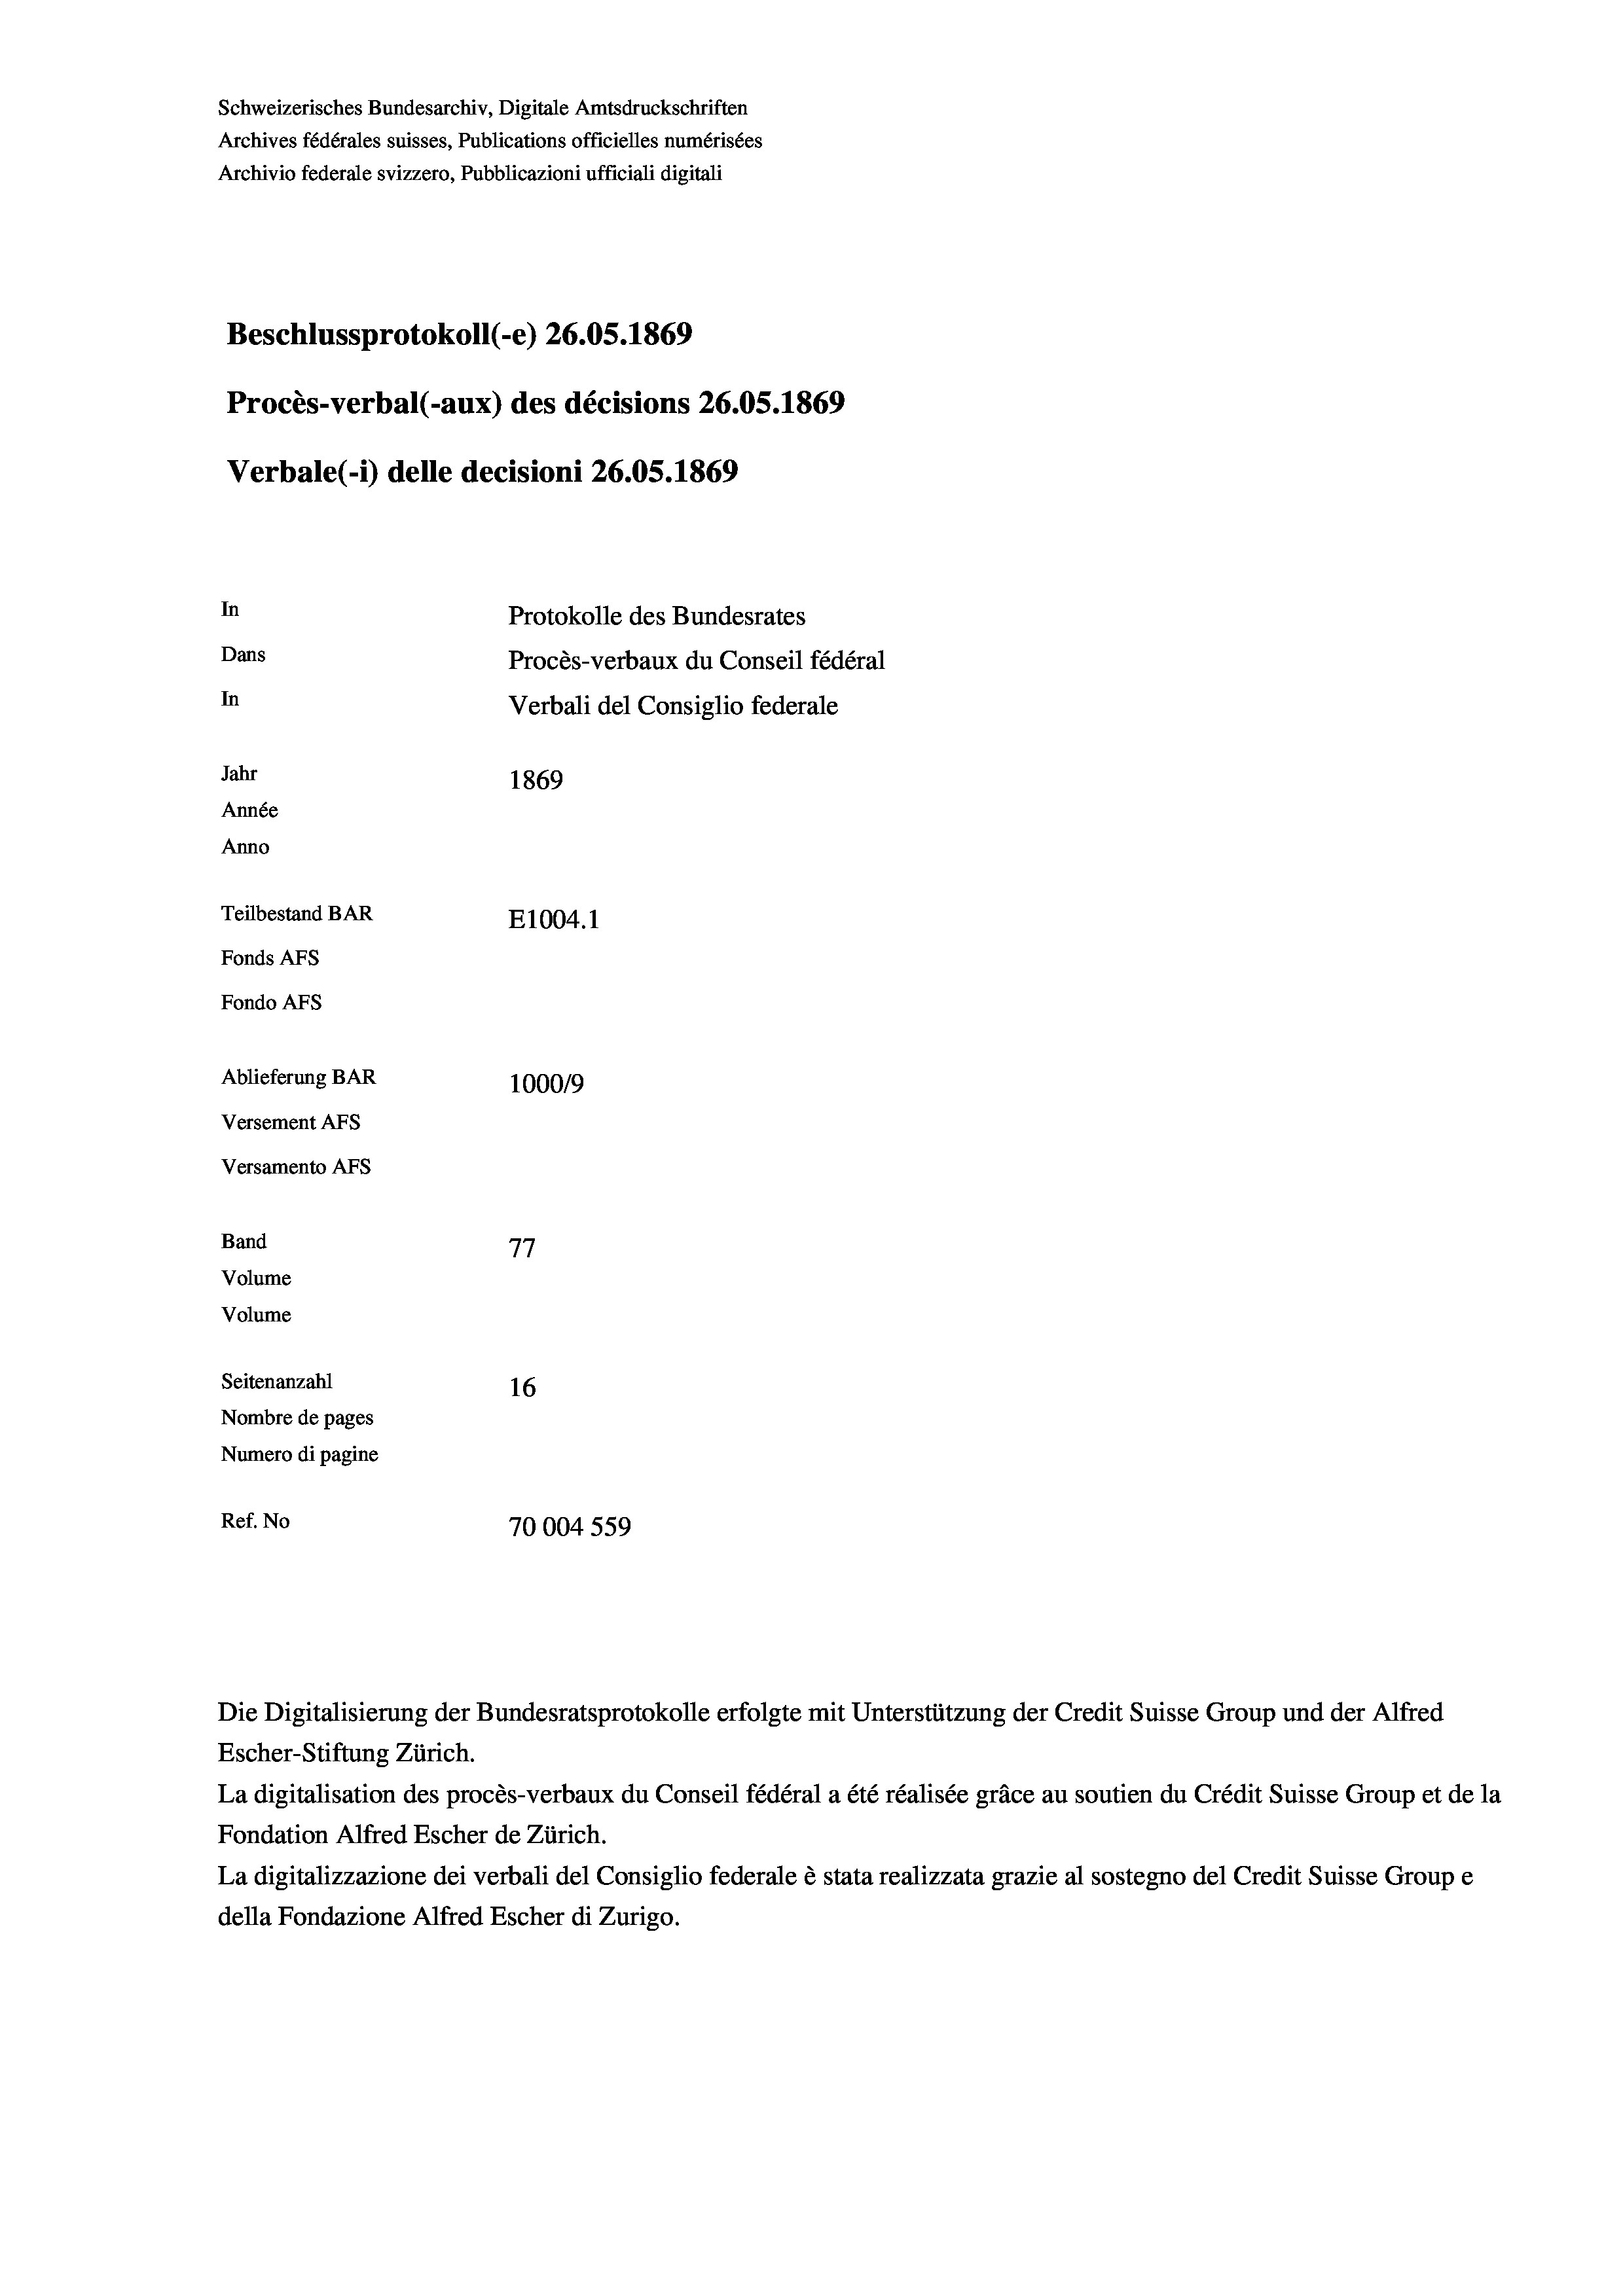
Schweizerisches Bundesarchiv, Digitale Amtsdruckschriften
Archives fédérales suisses, Publications officielles numérisées
Archivio federale svizzero, Pubblicazioni ufficiali digitali
Beschlussprotokoll (-e) 26.05. 1869
Procès-verbal (-aux) des décisions 26.05. 1869
Verbale (1) delle decisioni 26.05. 1869
In
Protokolle des Bundesrates
Dans
Procès-verbaux du Conseil fédéral
In
Verbali del Consiglio federale
Jahr
1869
Année
Anno
Teilbestand BAR
E1004. 1
Fonds Afs
Fondo AFs
Ablieferung BAR
1000/9
Versement Abs
Versamento Afs

16
Nombre de pages
Numero di pagine
Ref. No
70004 559

Band
Volume

Volume
Seitenanzahl

Escher-Stiftung Zürich.
La digitalisation des procès-verbaux du Conseil fédéral a été réalisée gräce au soutien du Crédit Suisse Group et de la
Fondation Alfred Escher de Zürich.
La digitalizzazione dei verbali del Consiglio federale è stata realizzata grazie al sostegno del Credit Suisse Groupe
della Fondazione Alfred Escher di Zurigo.

Die Digitalisierung der Bundesratsprotokolle erfolgte mit Unterstützung der Credit Suisse Group und der Alfred